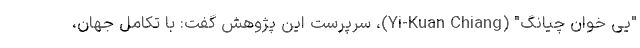
"یی خوان چیانگ" (Yi-Kuan Chiang)، سرپرست این پژوهش گفت: با تکامل جهان،